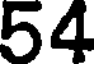
54